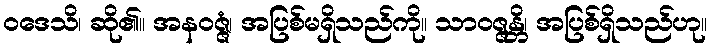
ဝဒေသိ၊ ဆို၏။ အနဝဇ္ဇံ၊ အပြစ်မရှိသည်ကို။ သာဝဇ္ဇန္တိ၊ အပြစ်ရှိသည်ဟု။